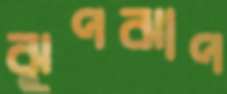
ঝুপঝাপ